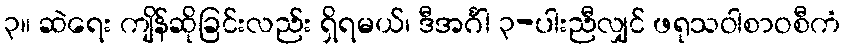
၃။ ဆဲရေး ကျိန်ဆိုခြင်းလည်း ရှိရမယ်၊ ဒီအင်္ဂါ ၃-ပါးညီလျှင် ဖရုသဝါစာဝစီကံ